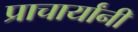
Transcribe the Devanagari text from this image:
प्राचार्यांनी